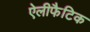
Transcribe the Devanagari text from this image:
ऐलीफैटिक